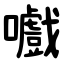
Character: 嚱